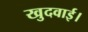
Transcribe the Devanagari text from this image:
खुदवाई।